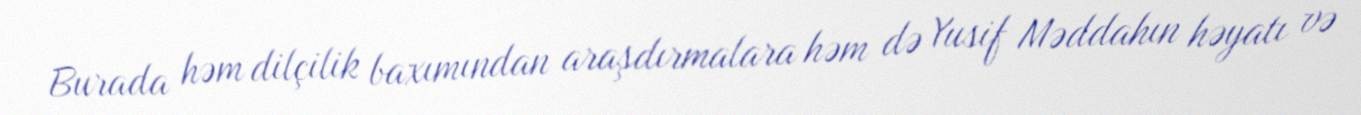
Burada həm dilçilik baxımından araşdırmalara həm də Yusif Məddahın həyatı və